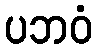
ပဘဝံ